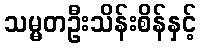
သမ္မတဦးသိန်းစိန်နှင့်